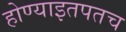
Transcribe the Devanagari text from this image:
होण्याइतपतच